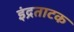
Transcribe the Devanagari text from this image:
इंद्रताटक